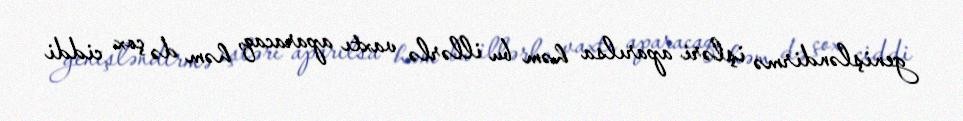
genişləndirmə işləri aparılsa həm bu illərlə vaxtı aparacaq, həm də çox ciddi